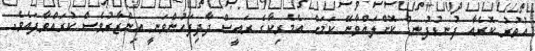
އުތުރު ކޮރެއާ ފުނޑުފުނޑު ކޮށްލައްވާނޭ ކަމަށް އެމެރިކާގެ ރައީސް ދާދިފަހުންވަނީ އިންޒާރުވެސް ކުރައްވާފައެވެ.